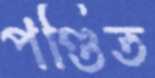
পণ্ডিত